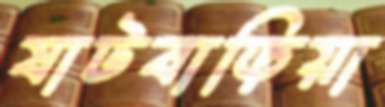
ষাটবাড়িয়া